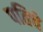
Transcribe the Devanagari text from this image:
पतिचे